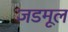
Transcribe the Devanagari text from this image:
जडमूल